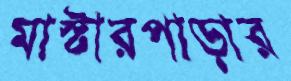
মাস্টারপাড়ার